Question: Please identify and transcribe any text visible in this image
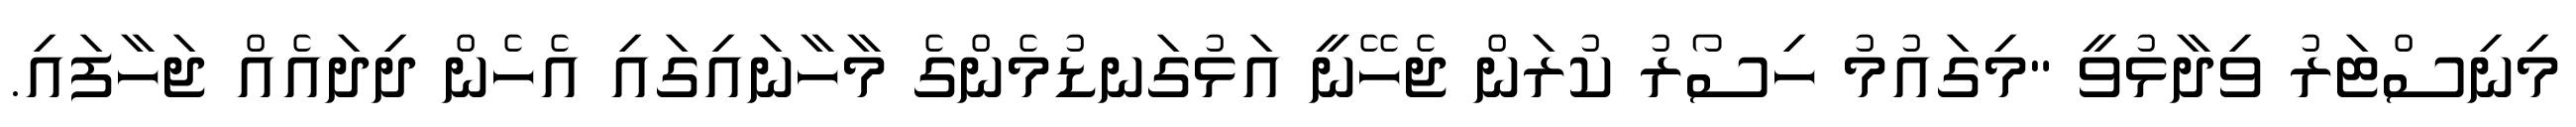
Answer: މިނިސްޓަރު ވިދާޅުވީ "މިގައުމު ހިސޯރު ކުރަން ޖެހޭނީ އަޅުގަނޑުމެންގެ މާހާނައިގައި އެހެން ދިދައެއް ޖަހާފައި.